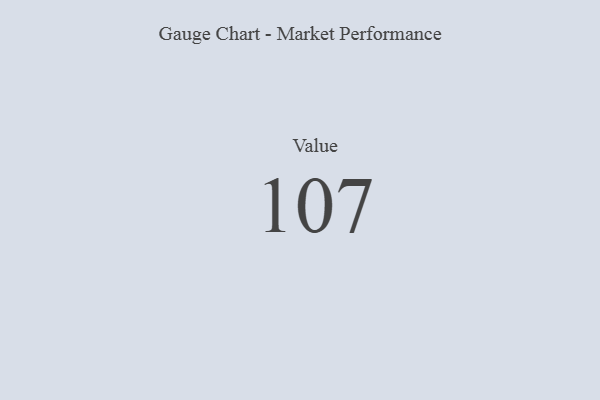
{"axis": {"x": "Metric", "y": "Value"}, "legend": [""], "data": [{"x": "Value", "y": 107, "type": ""}]}